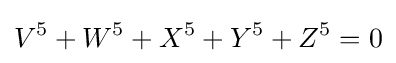
V^{5}+W^{5}+X^{5}+Y^{5}+Z^{5}=0